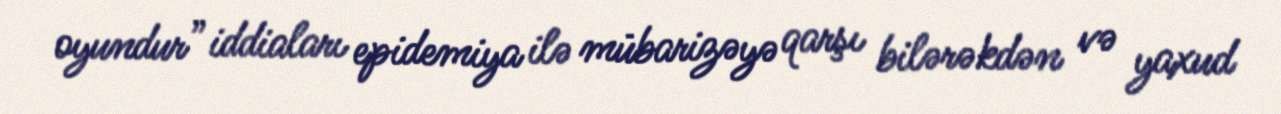
oyundur” iddiaları epidemiya ilə mübarizəyə qarşı bilərəkdən və yaxud